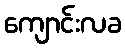
ကျောင်းလခ